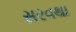
સરવથા